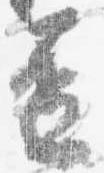
盃